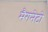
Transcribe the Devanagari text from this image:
मैगनेटो